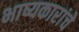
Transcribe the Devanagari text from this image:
भाष्यकारांचे